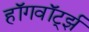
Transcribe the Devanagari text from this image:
हॉगवॉर्ट्झ